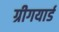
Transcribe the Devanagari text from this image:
ग्रीगयार्ड